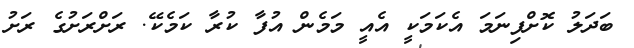
ބަދަލު ކޮށްފިނަމަ އެކަމަކީ އެއީ މަމެން އުފާ ކުރާ ކަމެކޭ. ރަށްރަށުގެ ރަށު